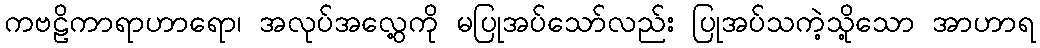
ကဗဠိကာရာဟာရော၊ အလုပ်အလွေ့ကို မပြုအပ်သော်လည်း ပြုအပ်သကဲ့သို့သော အာဟာရ